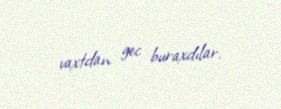
vaxtdan gec buraxdılar.